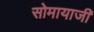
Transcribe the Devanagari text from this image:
सोमायाजी